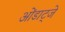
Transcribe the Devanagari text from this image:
ओंडाट्जे